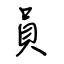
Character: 員